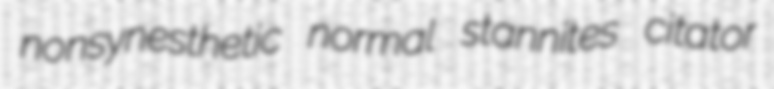
nonsynesthetic normal stannites citator